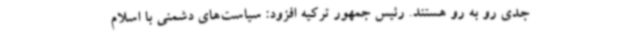
جدی رو به رو هستند. رئیس جمهور ترکیه افزود: سیاست‌های دشمنی با اسلام